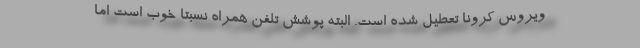
ویروس کرونا تعطیل شده است. البته پوشش تلفن همراه نسبتا خوب است اما